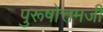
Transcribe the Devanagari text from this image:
पुरूषोत्तमजी